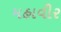
મહાવીર